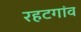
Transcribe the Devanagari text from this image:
रहटगांव